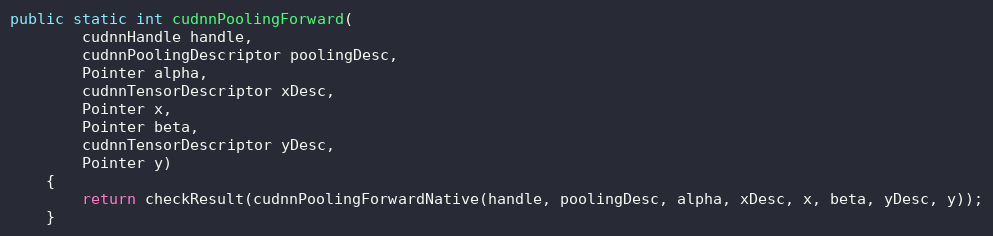
Language: Java
public static int cudnnPoolingForward(
        cudnnHandle handle,
        cudnnPoolingDescriptor poolingDesc,
        Pointer alpha,
        cudnnTensorDescriptor xDesc,
        Pointer x,
        Pointer beta,
        cudnnTensorDescriptor yDesc,
        Pointer y)
    {
        return checkResult(cudnnPoolingForwardNative(handle, poolingDesc, alpha, xDesc, x, beta, yDesc, y));
    }